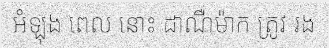
អំឡុង ពេល នោះ ដាណឺម៉ាក ត្រូវ រង